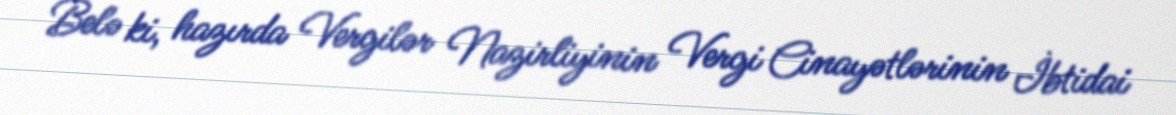
Belə ki, hazırda Vergilər Nazirliyinin Vergi Cinayətlərinin İbtidai